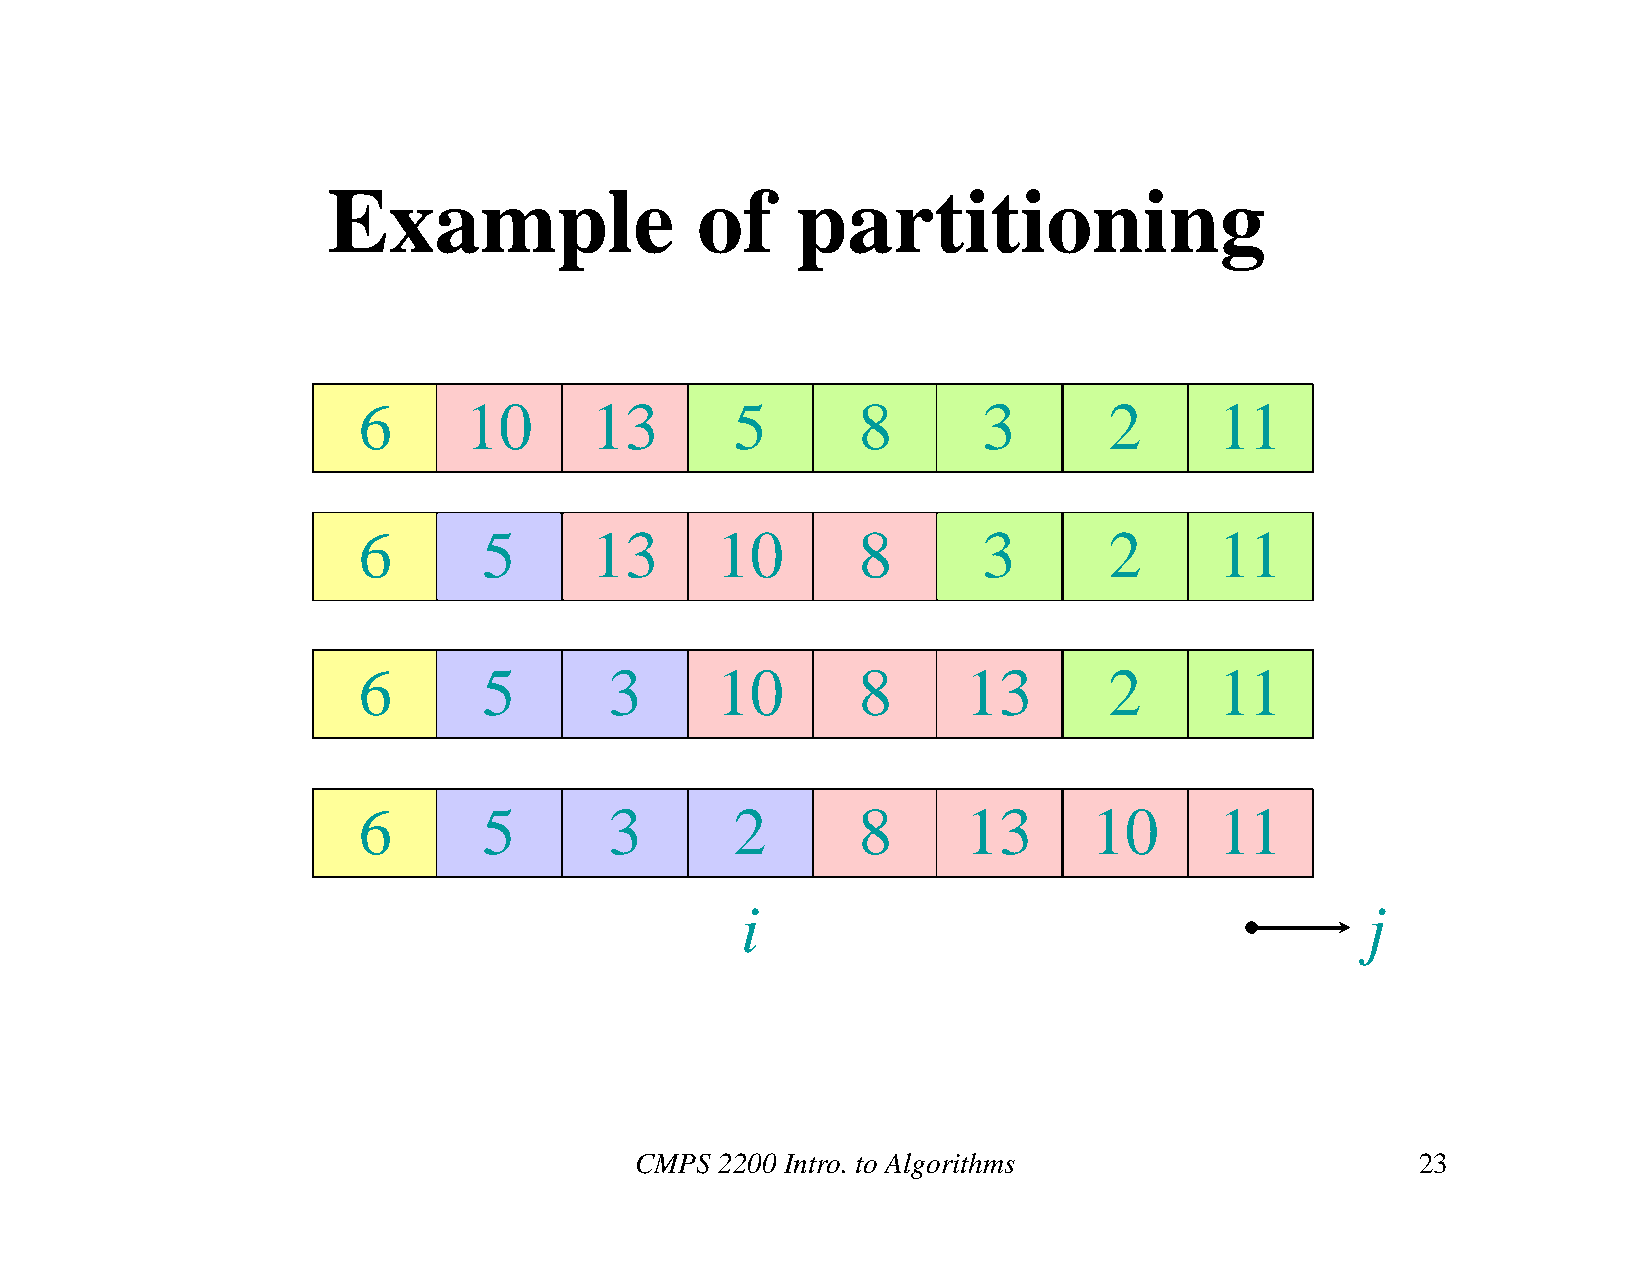
Example                 of     partitioning
 6      10      13        5       8       3       2       11
 6       5      13      10        8       3       2       11
 6       5       3      10        8      13       2       11
 6       5       3        2       8      13      10       11
 i                                        j
 CMPS  2200 Intro. to Algorithms                     23